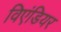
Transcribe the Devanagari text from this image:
विएंडियर